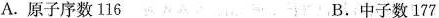
A.原子序数116 B.中子数177